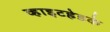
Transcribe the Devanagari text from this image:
व्हाइटहेडके